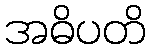
အဓိပတိ